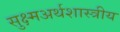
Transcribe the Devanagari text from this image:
सुक्ष्मअर्थशास्त्रीय